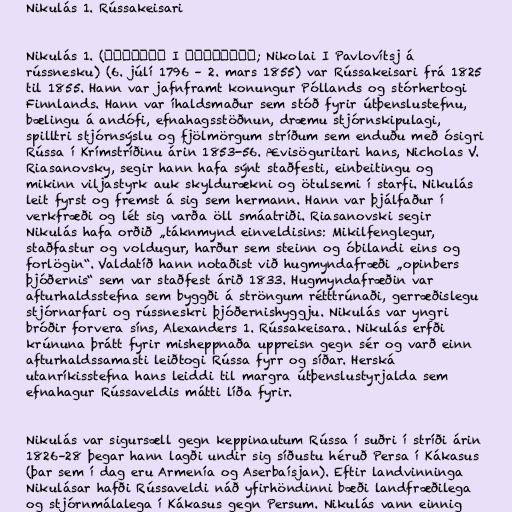
Nikulás 1. Rússakeisari

Nikulás 1. (Николай I Павлович; Nikolai I Pavlovítsj á
rússnesku) (6. júlí 1796 – 2. mars 1855) var Rússakeisari frá 1825
til 1855. Hann var jafnframt konungur Póllands og stórhertogi
Finnlands. Hann var íhaldsmaður sem stóð fyrir útþenslustefnu,
bælingu á andófi, efnahagsstöðnun, dræmu stjórnskipulagi,
spilltri stjórnsýslu og fjölmörgum stríðum sem enduðu með ósigri
Rússa í Krímstríðinu árin 1853-56. Ævisöguritari hans, Nicholas V.
Riasanovsky, segir hann hafa sýnt staðfesti, einbeitingu og
mikinn viljastyrk auk skyldurækni og ötulsemi í starfi. Nikulás
leit fyrst og fremst á sig sem hermann. Hann var þjálfaður í
verkfræði og lét sig varða öll smáatriði. Riasanovski segir
Nikulás hafa orðið „táknmynd einveldisins: Mikilfenglegur,
staðfastur og voldugur, harður sem steinn og óbilandi eins og
forlögin“. Valdatíð hann notaðist við hugmyndafræði „opinbers
þjóðernis“ sem var staðfest árið 1833. Hugmyndafræðin var
afturhaldsstefna sem byggði á ströngum rétttrúnaði, gerræðislegu
stjórnarfari og rússneskri þjóðernishyggju. Nikulás var yngri
bróðir forvera síns, Alexanders 1. Rússakeisara. Nikulás erfði
krúnuna þrátt fyrir misheppnaða uppreisn gegn sér og varð einn
afturhaldssamasti leiðtogi Rússa fyrr og síðar. Herská
utanríkisstefna hans leiddi til margra útþenslustyrjalda sem
efnahagur Rússaveldis mátti líða fyrir.

Nikulás var sigursæll gegn keppinautum Rússa í suðri í stríði árin
1826–28 þegar hann lagði undir sig síðustu héruð Persa í Kákasus
(þar sem í dag eru Armenía og Aserbaísjan). Eftir landvinninga
Nikulásar hafði Rússaveldi náð yfirhöndinni bæði landfræðilega
og stjórnmálalega í Kákasus gegn Persum. Nikulás vann einnig